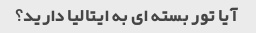
آیا تور بسته ای به ایتالیا دارید؟